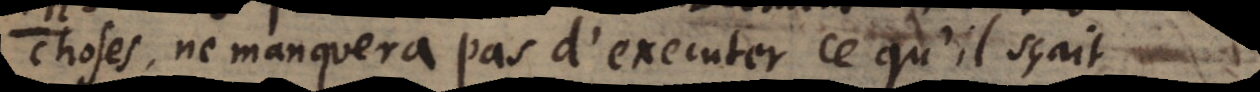
choses, ne manquera pas d’executer ce qu’il